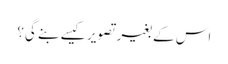
اس کے بغیر تصویر کیسے بنے گی؟